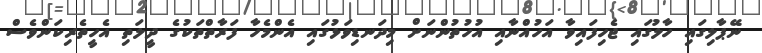
ނޭޕާލިގައި ހާލުގައި ޖެހިފައިވާ އަހުއްނާއި އުހުތުންނަށް މިދަނޑިވަޅުގައި އެންމެހާ ފަރާތްތަކުގެ ދީލަތި އެހީތެރިކަންވެސް